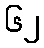
၆၂